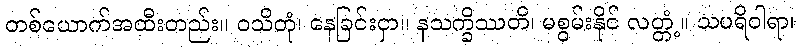
တစ်ယောက်အထီးတည်း။ ဝသိတုံ၊ နေခြင်းငှာ။ နသက္ခိဿတိ၊ မစွမ်းနိုင် လတ္တံ့။ သပရိဝါရာ၊